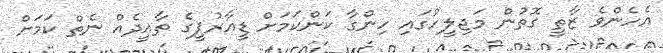
އެހެންވެ ޒާތީ ގޮތުން މަޖިލީހުގައި ހިންގާ ކަންކަމަށް ޑީއާރުޕީގެ ތާއީދެއް ނެތް ކަމަށް